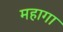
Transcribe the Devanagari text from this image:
महागा